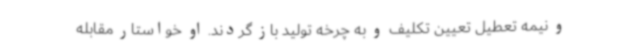
و نیمه تعطیل تعیین تکلیف و به چرخه تولید باز گردند. او خواستار مقابله